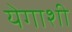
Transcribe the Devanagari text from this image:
येगाशी